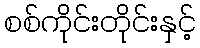
စစ်ကိုင်းတိုင်းနှင့်